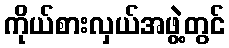
ကိုယ်စားလှယ်အဖွဲ့တွင်